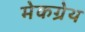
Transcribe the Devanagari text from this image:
मेकग्रेथ